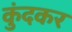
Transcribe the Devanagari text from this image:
कुंदकर